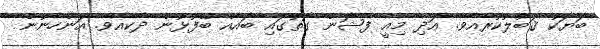
ބަޔަކު ޤަބޫލުކުރެއެވެ. އަދި މިއީ ފެޝަން ގޮތުގައި ބައެއް ބޭފުޅުން ދެކެއެވެ. އަންހެނުން